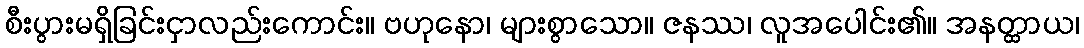
စီးပွားမရှိခြင်းငှာလည်းကောင်း။ ဗဟုနော၊ များစွာသော။ ဇနဿ၊ လူအပေါင်း၏။ အနတ္ထာယ၊